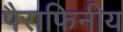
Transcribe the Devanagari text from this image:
पैराफिनीय